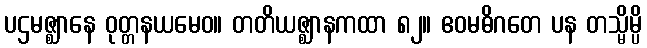
ပဌမဇ္ဈာနေ ဝုတ္တနယမေဝ။ တတိယဇ္ဈာနကထာ ၈၂။ ဧဝမဓိဂတေ ပန တသ္မိမ္ပိ